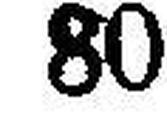
80